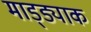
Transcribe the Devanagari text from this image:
माड्ड्याक